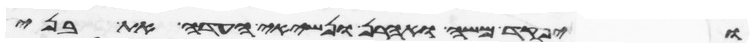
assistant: ויפקד משה ואהרן ונשיאי העדה את בני